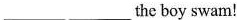
___ ___the boy swam!